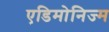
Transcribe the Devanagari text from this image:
एडिमोनिज्म